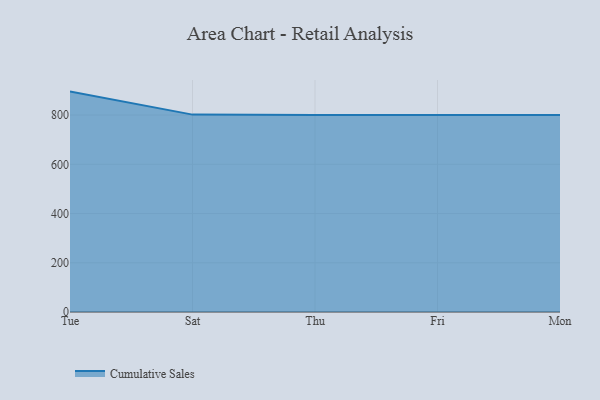
{"axis": {"x": "Day", "y": "Revenue (USD Million)"}, "legend": ["Cumulative Sales"], "data": [{"x": "Tue", "y": 895.4, "type": "Cumulative Sales"}, {"x": "Sat", "y": 801.9, "type": "Cumulative Sales"}, {"x": "Thu", "y": 800, "type": "Cumulative Sales"}, {"x": "Fri", "y": 800, "type": "Cumulative Sales"}, {"x": "Mon", "y": 800, "type": "Cumulative Sales"}]}